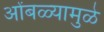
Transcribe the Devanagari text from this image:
ओंबळ्यामुळे